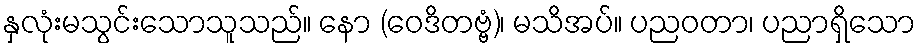
နှလုံးမသွင်းသောသူသည်။ နော (ဝေဒိတဗ္ဗံ)၊ မသိအပ်။ ပညဝတာ၊ ပညာရှိသော